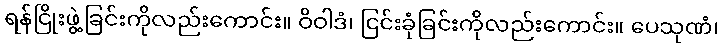
ရန်ငြိုးဖွဲ့ခြင်းကိုလည်းကောင်း။ ဝိဝါဒံ၊ ငြင်းခုံခြင်းကိုလည်းကောင်း။ ပေသုဏံ၊